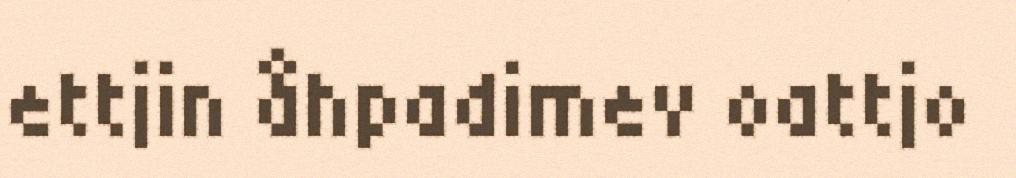
ettjin åhpadimev oattjo